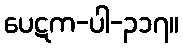
ပေဋက-ပါ-၃၁၇။